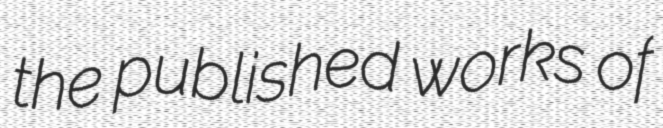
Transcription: the published works of